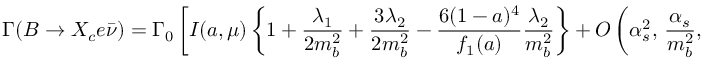
\Gamma ( B \to X _ { c } e \bar { \nu } ) = \Gamma _ { 0 } \left[ I ( a , \mu ) \left\{ 1 + \frac { \lambda _ { 1 } } { 2 m _ { b } ^ { 2 } } + \frac { 3 \lambda _ { 2 } } { 2 m _ { b } ^ { 2 } } - \frac { 6 ( 1 - a ) ^ { 4 } } { f _ { 1 } ( a ) } \frac { \lambda _ { 2 } } { m _ { b } ^ { 2 } } \right\} + { \cal O } \left( \alpha _ { s } ^ { 2 } , \, \frac { \alpha _ { s } } { m _ { b } ^ { 2 } } , \, \frac { 1 } { m _ { b } ^ { 3 } } \right) \right] .